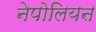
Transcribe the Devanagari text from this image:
नेपोलियऩ